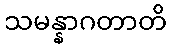
သမန္နာဂတာတိ